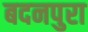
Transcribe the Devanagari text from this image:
बदनपुरा